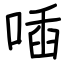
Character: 喢